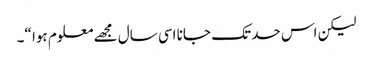
لیکن اس حد تک جانا اسی سال مجھے معلوم ہوا “۔